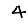
Digit: 4